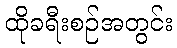
ထိုခရီးစဉ်အတွင်း